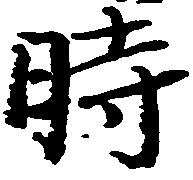
時